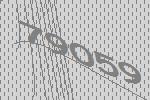
79059